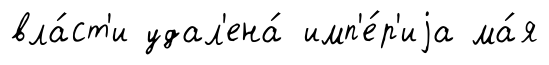
вла́ст'и удал'ена́ имп'е́р'иjа ма́я